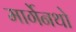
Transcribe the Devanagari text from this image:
मार्गेनथो